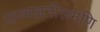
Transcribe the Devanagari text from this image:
उज्वलनीलमणि